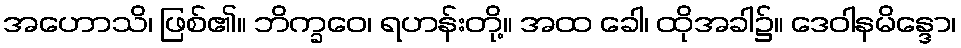
အဟောသိ၊ ဖြစ်၏။ ဘိက္ခဝေ၊ ရဟန်းတို့။ အထ ခေါ၊ ထိုအခါ၌။ ဒေဝါနမိန္ဒော၊